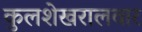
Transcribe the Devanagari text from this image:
कुलशेखरालवार